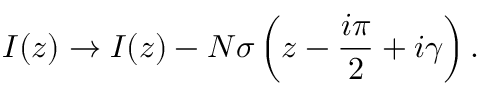
I ( z ) \rightarrow I ( z ) - N \sigma \left( z - \frac { i \pi } { 2 } + i \gamma \right) .